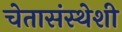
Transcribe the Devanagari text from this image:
चेतासंस्थेशी